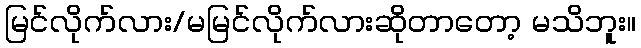
မြင်လိုက်လား/မမြင်လိုက်လားဆိုတာတော့ မသိဘူး။